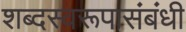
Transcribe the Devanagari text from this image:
शब्दस्वरूपासंबंधी